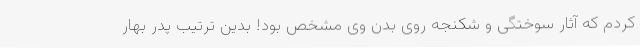
کردم که آثار سوختگی و شکنجه روی بدن وی مشخص بود! بدین ترتیب پدر بهار